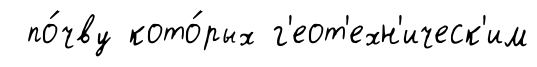
по́чву кото́рых г'еот'ехн'ическ'им